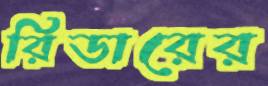
রিডারের